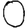
Digit: 0